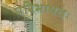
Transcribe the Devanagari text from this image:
परिभाषतः